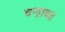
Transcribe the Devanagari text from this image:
चन्द्रावत